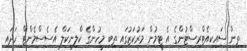
ތިން ސައިކިއެޓްރިސްޓުންގެ އެ ޓީމުން މަރުކަޒުގައި ތިބި މީހުންގެ ކްލިނިކަލް އެސެސްމެންޓް ހަދައި